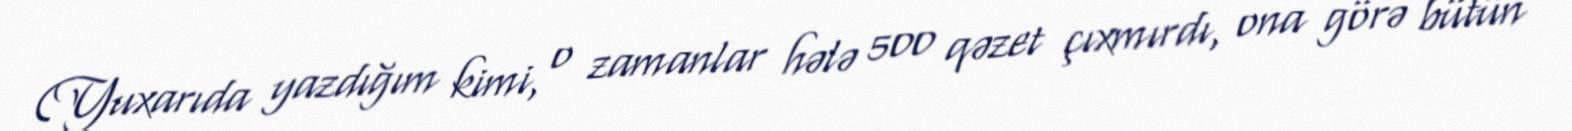
(Yuxarıda yazdığım kimi, o zamanlar hələ 500 qəzet çıxmırdı, ona görə bütün